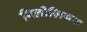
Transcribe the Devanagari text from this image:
रिलीज़ियस